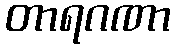
တာရဂဏာ